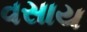
વસાય